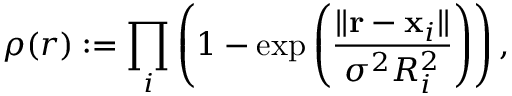
\rho ( r ) : = \prod _ { i } \left( 1 - \exp { \left( \frac { \| \mathbf { r } - \mathbf { x } _ { i } \| } { \sigma ^ { 2 } R _ { i } ^ { 2 } } \right) } \right) ,